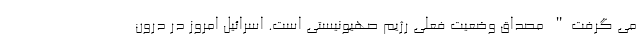
می گرفت" مصداق وضعیت فعلی رژیم صهیونیستی است. اسرائیل امروز در درون